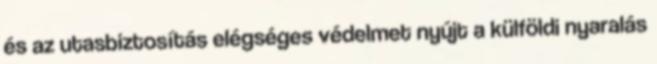
és az utasbiztosítás elégséges védelmet nyújt a külföldi nyaralás